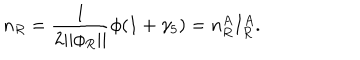
n _ { R } = \frac 1 { 2 | | \phi _ { R } | | } \phi ( 1 + \gamma _ { 5 } ) = n _ { R } ^ { A } I _ { R } ^ { A } .